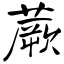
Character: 蕨